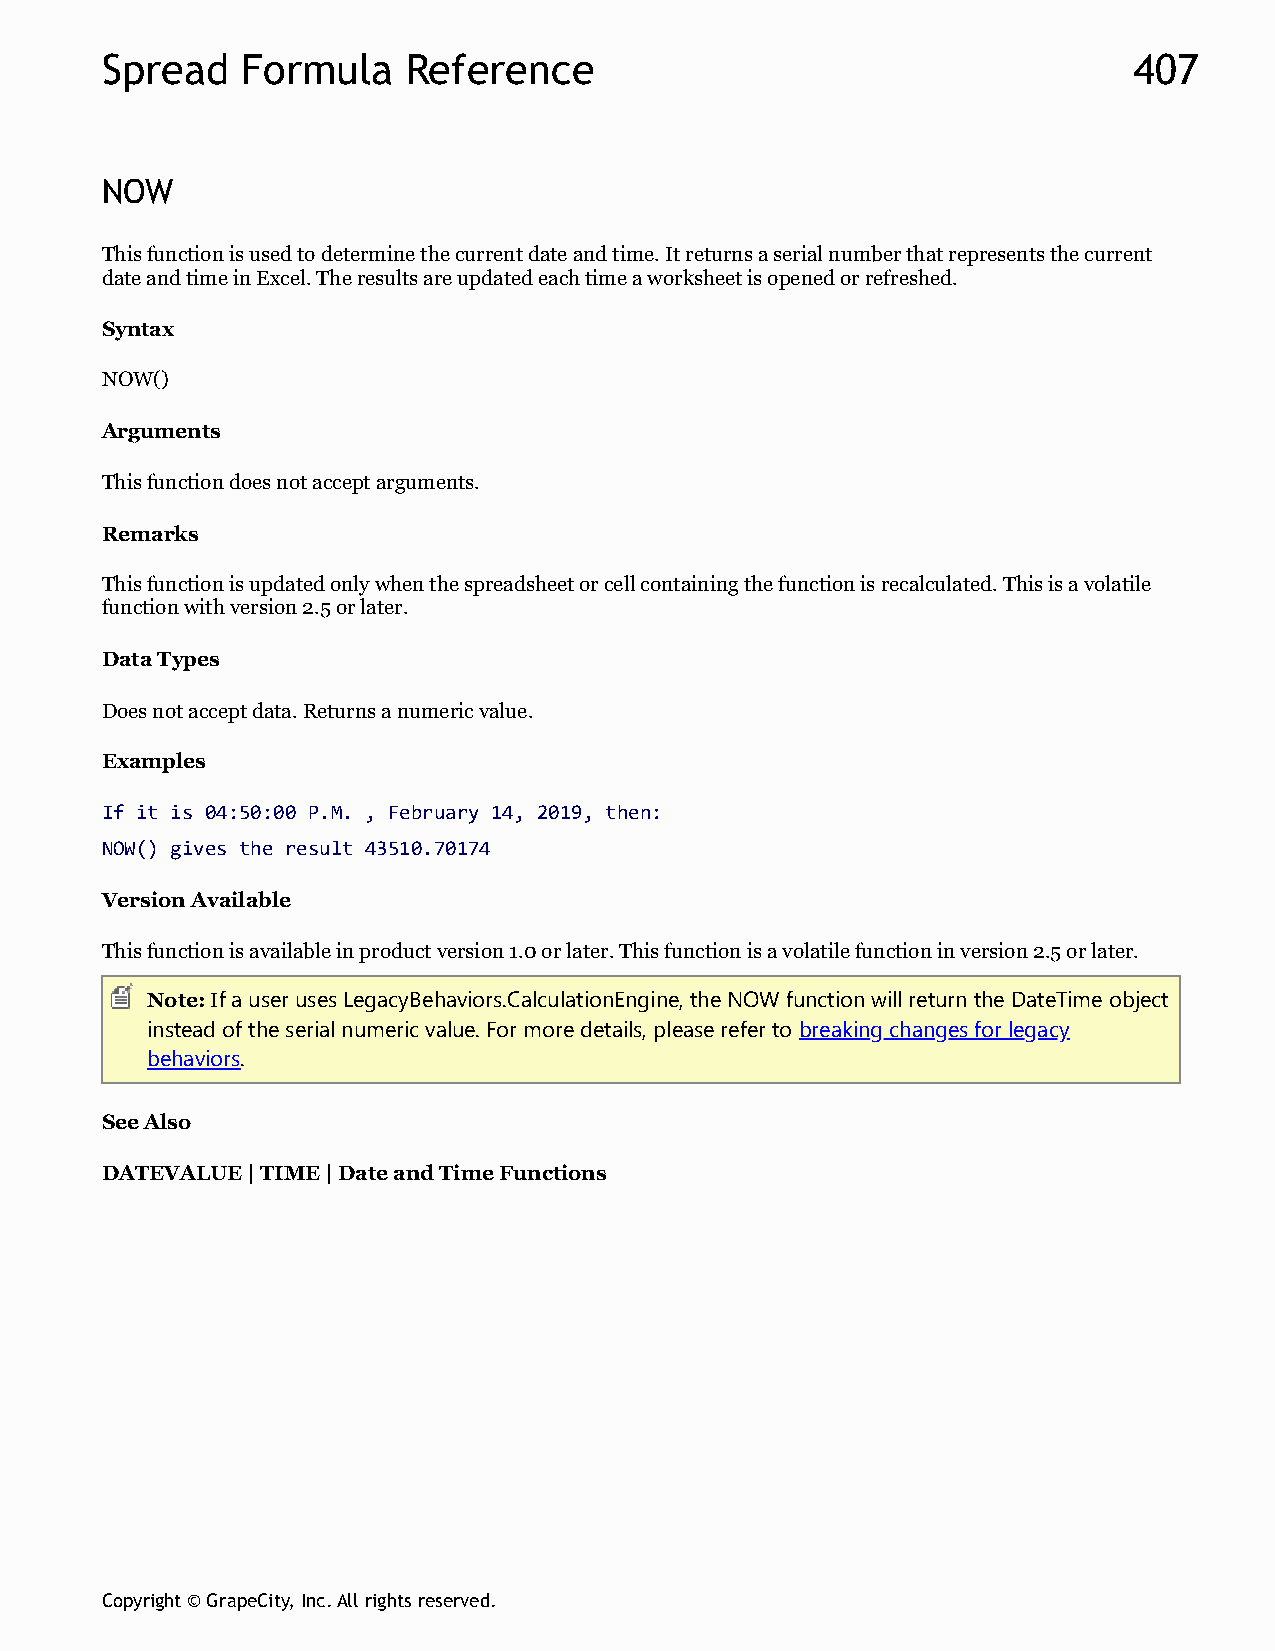
Spread   Formula    Reference                                       407
 NOW
 This function is used to determine the current date and time. It returns a serial number that represents the current
 date and time in Excel. The results are updated each time a worksheet is opened or refreshed.
 Syntax
 NOW()
 Arguments
 This function does not accept arguments.
 Remarks
 This function is updated only when the spreadsheet or cell containing the function is recalculated. This is a volatile
 function with version 2.5 or later.
 Data Types
 Does not accept data. Returns a numeric value.
 Examples
 If it is 04:50:00 P.M. , February 14, 2019, then:
 NOW() gives the result 43510.70174
 Version Available
 This function is available in product version 1.0 or later. This function is a volatile function in version 2.5 or later.
 Note: If a user uses LegacyBehaviors.CalculationEngine, the NOW function will return the DateTime object
 instead of the serial numeric value. For more details, please refer to breaking changes for legacy
 behaviors.
 See Also
 DATEVALUE | TIME | Date and Time Functions
 Copyright © GrapeCity, Inc. All rights reserved.